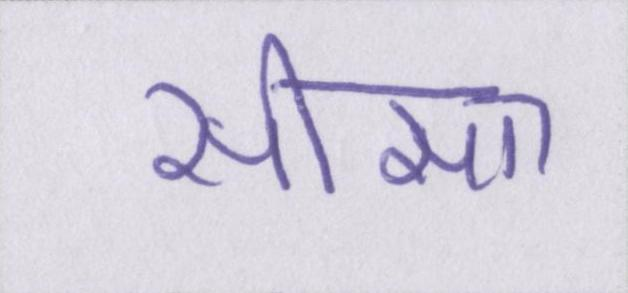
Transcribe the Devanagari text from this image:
सीसा